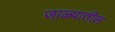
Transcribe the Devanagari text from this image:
जाळ्यातील